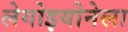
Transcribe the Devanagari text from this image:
लेगोइयोनेला